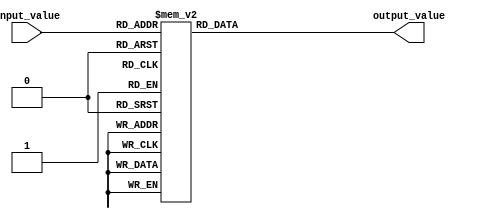
module case_statement_example (
    input [2:0] input_value,
    output reg [3:0] output_value
);

initial begin
    case (input_value)
        3'b000: output_value = 4'b0000; // action for input value 000
        3'b001: output_value = 4'b0001; // action for input value 001
        3'b010: output_value = 4'b0010; // action for input value 010
        3'b011: output_value = 4'b0011; // action for input value 011
        3'b100: output_value = 4'b0100; // action for input value 100
        3'b101: output_value = 4'b0101; // action for input value 101
        3'b110: output_value = 4'b0110; // action for input value 110
        3'b111: output_value = 4'b0111; // action for input value 111
        default: output_value = 4'b1111; // default action for unanticipated conditions
    endcase
end

endmodule